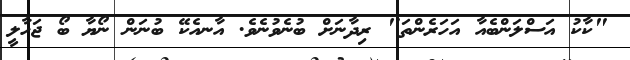
"ކާކު އަސްލަންބެއާ އަހަރެންތަ" ރިދާނަށް ބުނެވުނެވެ. އާނއެކޭ ބުނަން ނޯޔާ ބޯ ޖަހާލީ